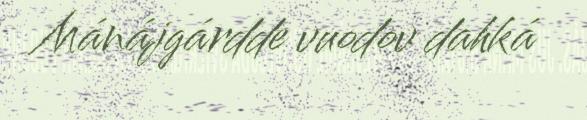
Mánájgárdde vuodov dahká